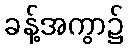
ခန့်အကွာ၌